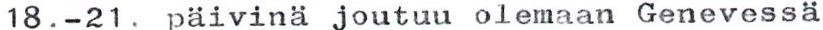
18.-21. päivinä joutuu olemaan Genevessä